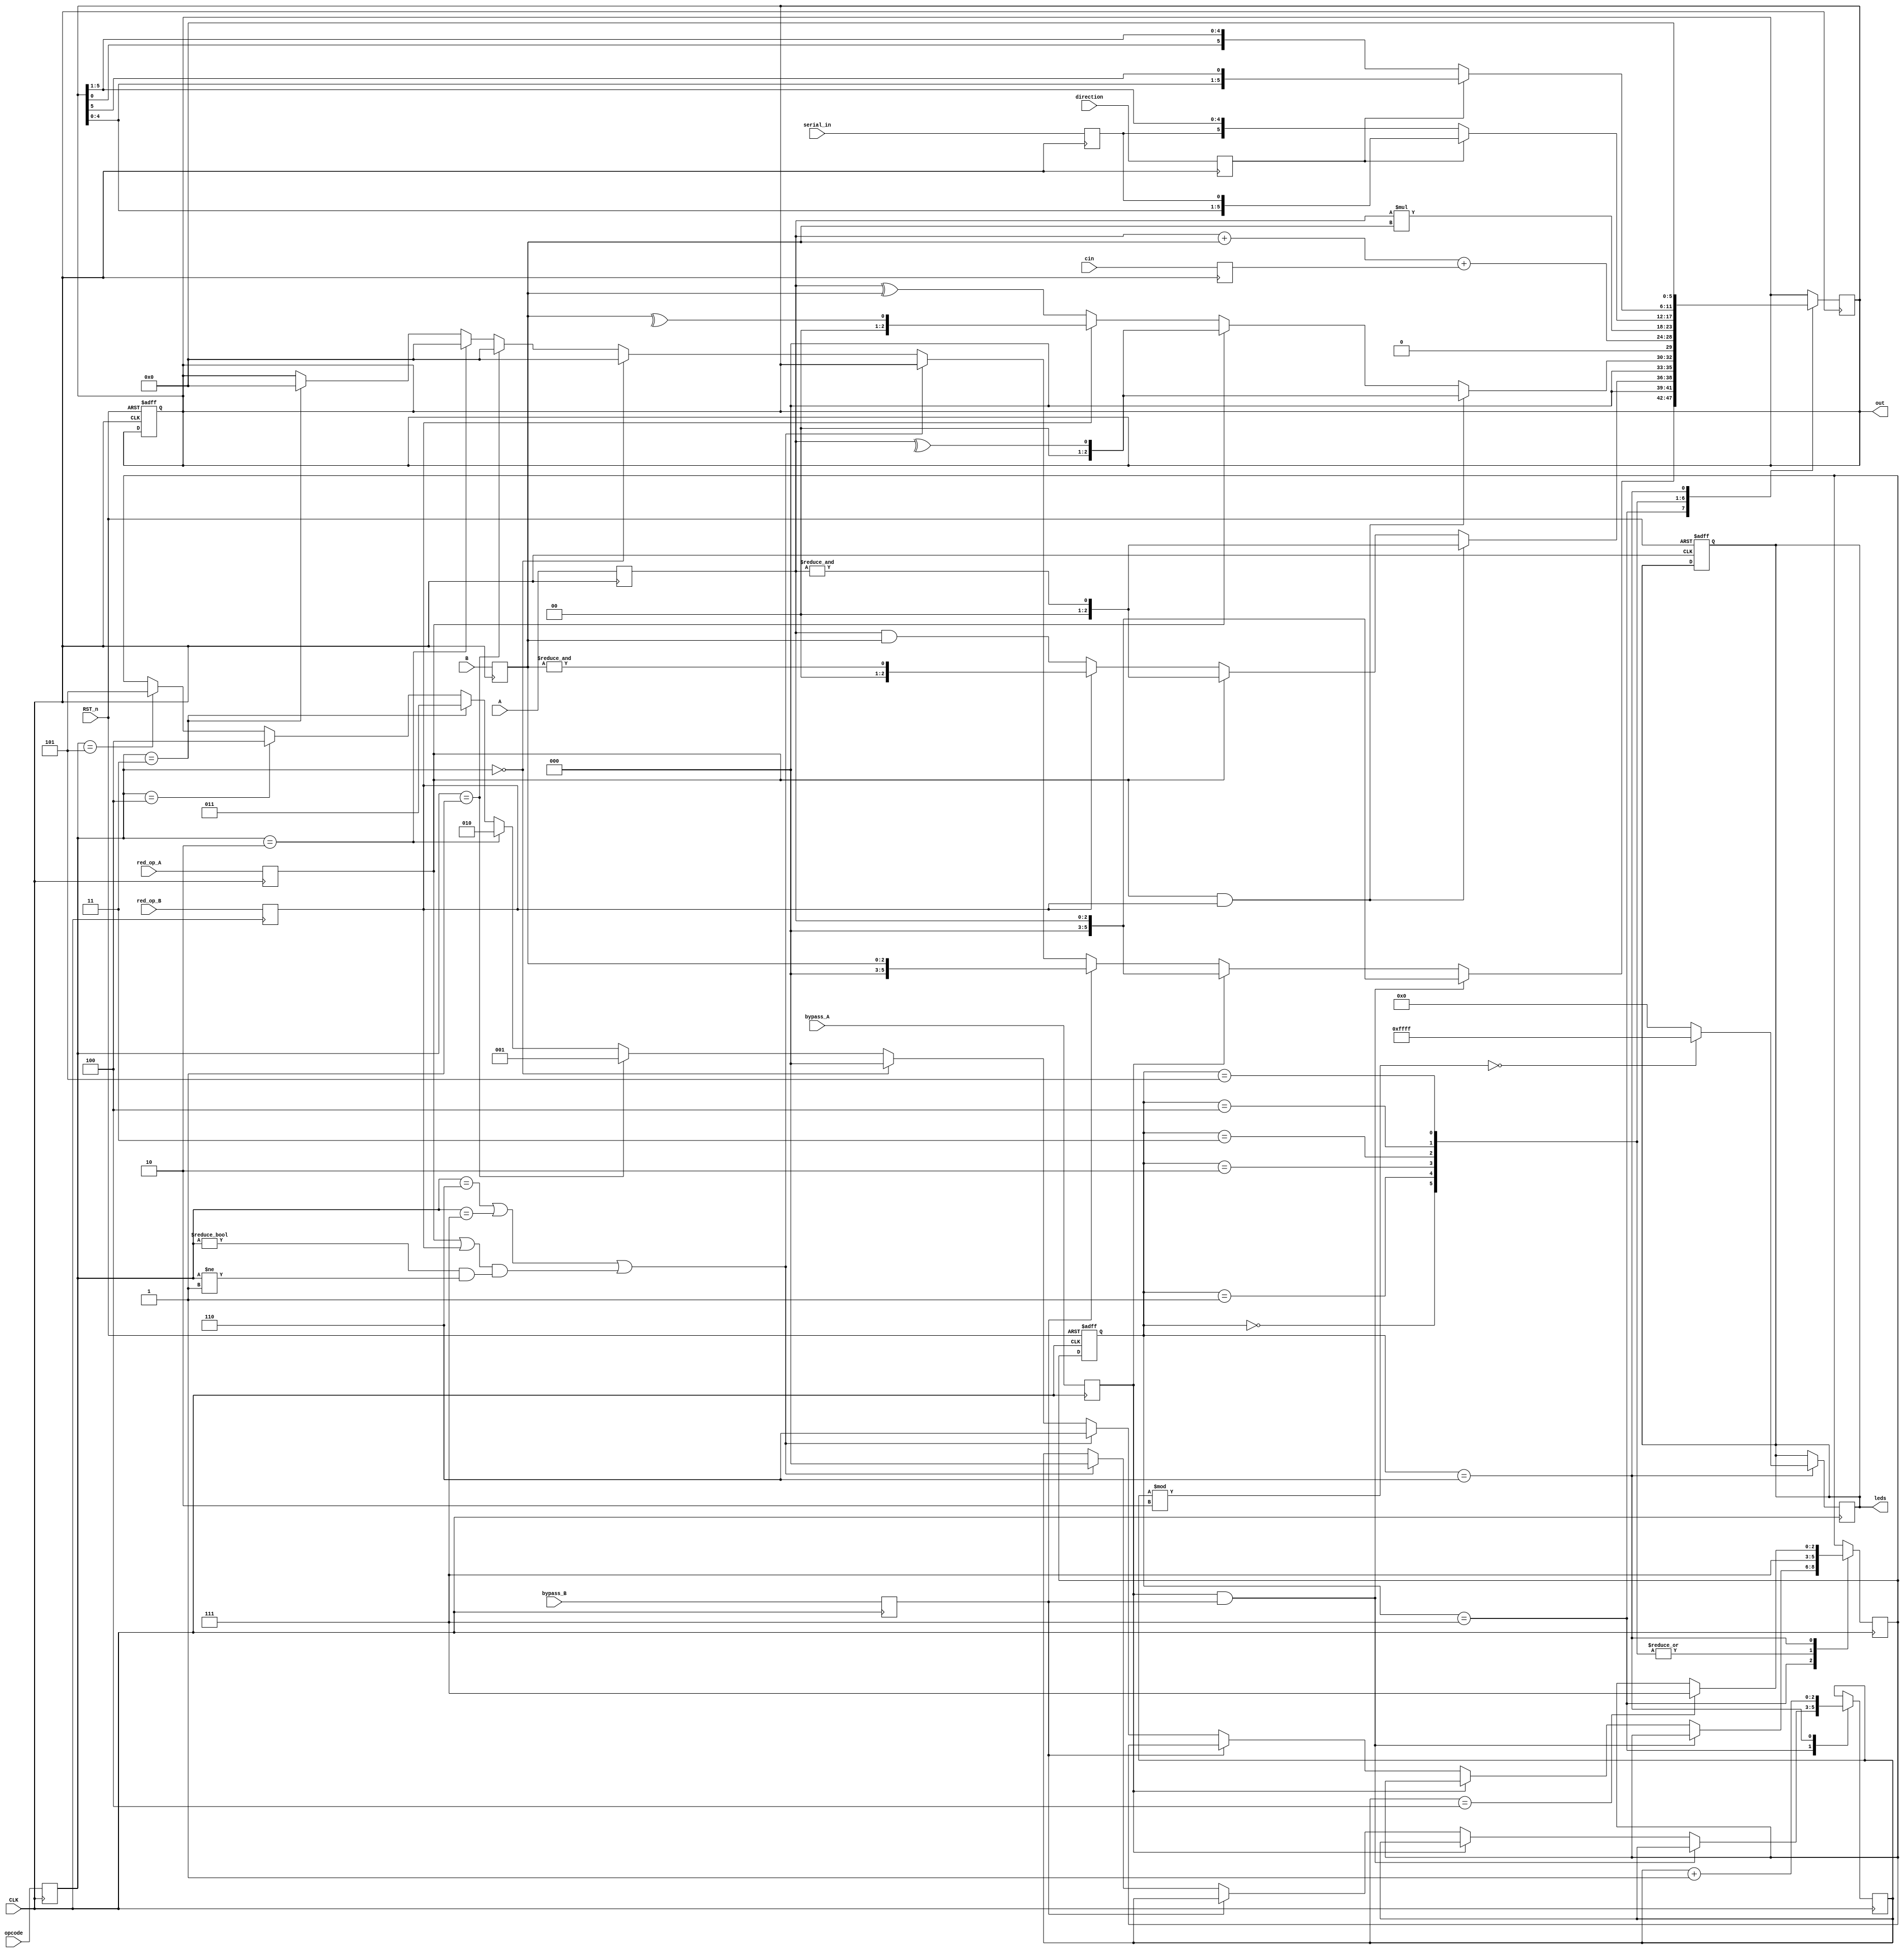
module ALSU #(parameter INPUT_PERIORITY ="A" , FULL_ADDER = "ON")(

	input CLK,RST_n,
	input [2:0]A,B,opcode,
	input cin,serial_in,direction,
	input red_op_A, red_op_B,
	input bypass_A , bypass_B,

	output reg [5:0] out,
	output reg [15:0] leds
	);

parameter AND=3'b000;
parameter XOR=3'b001;
parameter Add=3'b010;
parameter Mult=3'b011;
parameter shift=3'b100;
parameter rotate=3'b101;
parameter invalid=3'b110;
parameter start=3'b111;

reg [2:0] a,b,op;
reg red_op_a,red_op_b;
reg bypass_a,bypass_b;
reg cin2,si,dir;

reg [2:0]curr_state;
reg [2:0]next_state;

reg [2:0]counter;

always@(posedge CLK ,negedge RST_n)
begin
	if(!RST_n)
  begin
    out<=6'b000000;
    leds<=16'b0000_0000_0000_0000;
  	curr_state<=start;
  end
	else begin
		curr_state<=next_state;
	end
end

always@(posedge CLK)
begin
	a<=A;
	b<=B;
	op<=opcode;
	cin2<=cin;
	si<=serial_in;
	dir<=direction;
	red_op_a<=red_op_A;
	red_op_b<=red_op_B;
	bypass_a<=bypass_A;
	bypass_b<=bypass_B;
end

always@(posedge CLK)
begin
    case(curr_state)

     start  : begin

              

               if(bypass_a==1'b1 && bypass_b==1'b1 && INPUT_PERIORITY=="A")
                 out<=a;
               else if(bypass_a==1'b1 && bypass_b==1'b1 && INPUT_PERIORITY=="B")
                 out<=b;
               else if(bypass_a==1'b1 )
                 out<=a;
               else if(bypass_b==1'b1)
                 out<=b;
               else if(op==3'b110 || op==3'b111 || ( (red_op_a==1'b1 || red_op_b==1'b1) && (op!=3'b000 && op!=3'b001) ))
                 begin
                    counter<=3'b000;
                    next_state<=invalid;
                  end 
               else if(op==3'b000)
                begin
                 out<=6'b000000;
                 next_state<=AND;
                end
               else if (op==3'b001)
                 begin
                 out<=6'b000000;
                 next_state<=XOR;
                 end
               else if (op==3'b010)
                begin
                  out<=6'b000000;
                  next_state<=Add;
                end
               else if(op==3'b011)
                begin
                 out<=6'b000000;
                 next_state<=Mult;
                end
               else if(op==3'b100)
                 next_state<=shift;
               else if(op==3'b101)
                 next_state<=rotate;
               
                 

              end

     AND    : begin
               
               if(red_op_a==1'b1 && red_op_b==1'b1 && INPUT_PERIORITY=="A")
                out<=&a;
               else if(red_op_a==1'b1 && red_op_b==1'b1 && INPUT_PERIORITY=="B")
                out<=&b;
               else if(red_op_a)
                out<=&a;
               else if(red_op_b)
                out<=&b;
               else begin
               	 out<=a&b;
               end

               next_state<=start;
          

              end

     XOR    : begin
               
               if(red_op_a==1'b1 && red_op_b==1'b1 && INPUT_PERIORITY=="A")
                out<=^a;
               else if(red_op_a==1'b1 && red_op_b==1'b1 && INPUT_PERIORITY=="B")
                out<=^b;
               else if(red_op_a)
                out<=^a;
               else if(red_op_b)
                out<=^b;
               else begin
               	 out<=a^b;
               end

               next_state<=start;
              end

     Add    : begin

               if(FULL_ADDER=="ON")
               out<=a+b+cin2;
               else begin
                 out<=a+b;
               end

               next_state<=start;

              end

     Mult   : begin

               out<=a*b;
               next_state<=start;

              end

     shift  : begin

               if(dir)
               out<={out[4:0],si};
               else begin
               	out<={si,out[5:1]};
               end

               next_state<=start;

              end

     rotate : begin

               if(dir)
               out<={out[4:0],out[5]};
               else begin
               	out<={out[0],out[5:1]};
               end

               next_state<=start;

              end

    invalid: begin

               out<=6'b000000;

                 counter<=counter+1;
                 if(counter % 2'd2 ==1'b0)
                   leds<=16'b1111_1111_1111_1111;
                 else begin
                   leds<=16'b0000_0000_0000_0000;
                 end
                 if(counter==3'b100)
                  begin
                   next_state<=start;
                  end

              end
    endcase
end
endmodule